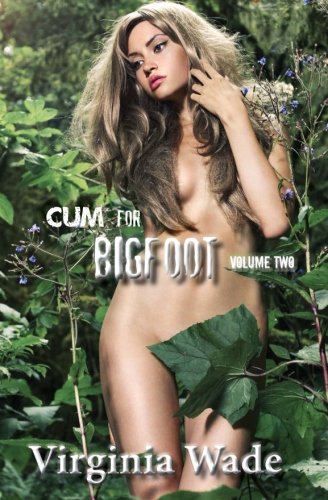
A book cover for Cum For Bigfoot: Volume Two, Books 6-10 (Volume 2); Virginia Wade; Romance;